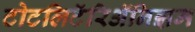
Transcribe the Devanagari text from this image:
टोटलिटॅरिॲनिझम